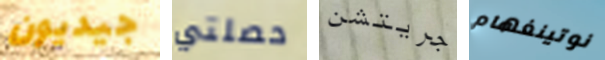
جيديون حصلتي جريتشن نوتينغهام